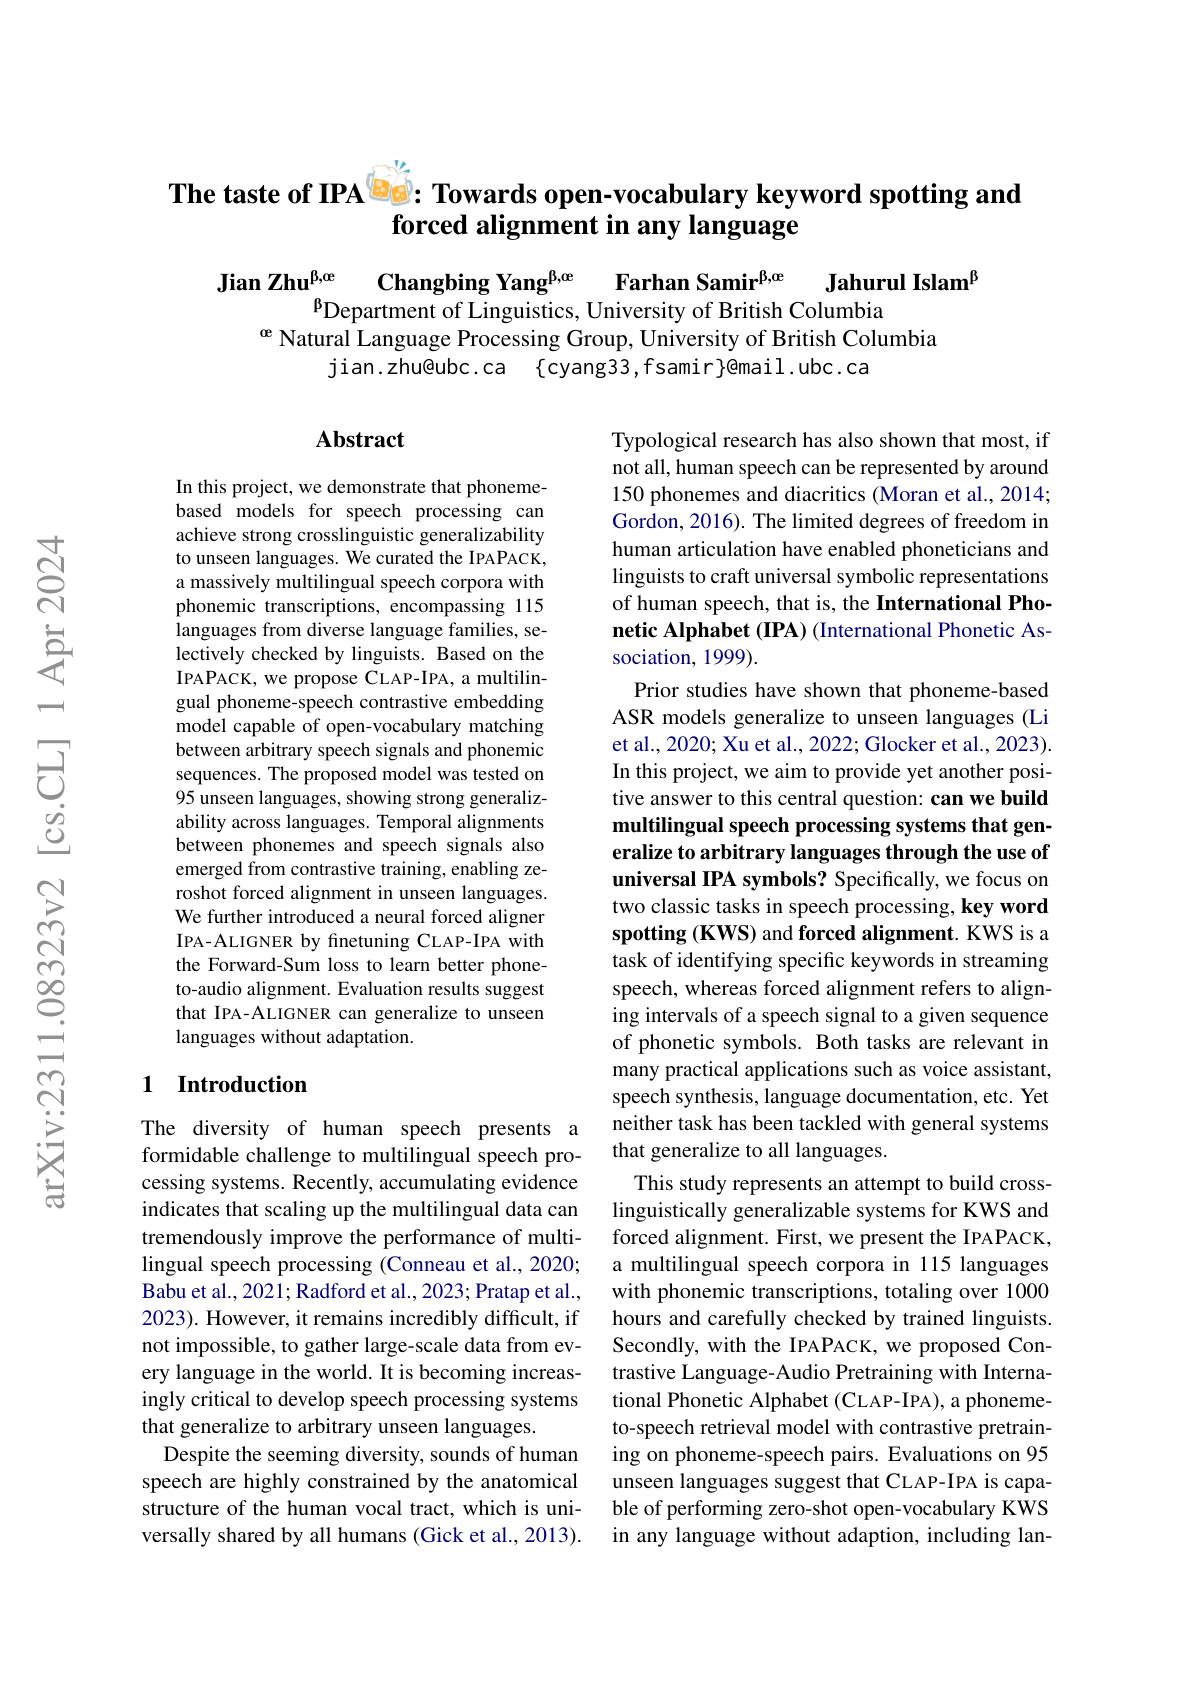
# The taste of IPA Be: Towards open-vocabulary keyword spotting and forced alignment in any language

Jian Zhu$^\mathrm{\beta , e}$ Changbing Yang$^\mathrm{\beta , \alpha e}$ Farhan Samir$^\mathrm{\beta , \alpha e}$ Jahurul Islam$^{\mathrm{\beta}}$
$^{\mathrm{\beta}}$Department of Linguistics, University of British Columbia
$^\mathrm{ce}$ Natural Language Processing Group, University of British Columbia
jian.zhu@ubc.ca {cyang33,fsamir}@mail.ubc.ca

## $\mathbf{Abstract}$

In this project, we demonstrate that phonemebased models for speech processing can achieve strong crosslinguistic generalizability to unseen languages. We curated the IPAPACK, a massively multilingual speech corpora with phonemic transcriptions, encompassing 115 languages from diverse language families, selectively checked by linguis IPAPACK, we propose CLAP-IPA, a multilingual phoneme-speech contrastive embedding model capable of open-vocabulary matching between arbitrary speech signals and phonemic sequences. The proposed model was tested on 95 unseen languages, showing strong generalizability across languages. Temporal alignments between phonemes and speech signals also emerged from contrastive training, enabling zeroshot forced alignment in unseen languages. We further introduced a neural forced aligner IPA-ALIGNER by finetuning CLAP-IPA with the Forward-Sum loss to learn better phoneto-audio alignment. Evaluation results suggest that IPA-ALIGNER can generalize to unseen languages without adaptation

Typological research has also shown that most, if not all, human speech can be represented by around 150 phonemes and diacritics (Moran et al., 2014; Gordon, 2016). The limited degrees of freedom in human articulation have enabled phoneticians and linguists to craft universal symbolic representations of human speech, that is, the International Phonetic Alphabet (IPA) (International Phonetic Association, 1999).
Prior studies have shown that phoneme-based ASR models generalize to unseen languages (Li et al., 2020; Xu et al., 2022; Glocker et al., 2023). In this project, we aim to provide yet another positive answer to this central question: can we build multilingual speech processing systems that generalize to arbitrary languages through the use of universal IPA symbols? Specifically, we focus on two classic tasks in speech processing, key word spotting (KWS) and forced alignment. KWS is a task of identifying specific keywords in streaming speech, whereas forced alignment refers to aligning intervals of a speech signal to a given sequence of phonetic symbols. Both tasks are relevant in many practical applications such as voice assistant, speech synthesis, language documentation, etc. Yet neither task has been tackled with general systems that generalize to all langu
This study represents an attempt to build crosslinguistically generalizable systems for KWS and forced alignment. First, we present the IPAPACK, a multilingual speech corpora in 115 languages with phonemic transcriptions, totaling over 1000 hours and carefully checked by trained linguists. Secondly, with the IPAPACK, we proposed Contrastive Language-Audio Pretraining with International Phonetic Alphabet (CLAP-IPA), a phonemeto-speech retrieval model with contrastive pretraining on phoneme-speech pairs. Evaluations on 95 unseen languages suggest that CLAP-IPA is capable of performing zero-shot open-vocabulary KWS in any language without adaption, including lan-

### 1 Introduction

The diversity of human speech presents a formidable challenge to multilingual speech processing systems. Recently, accumulating evidence indicates that scaling up the multilingual data can tremendously improve the performance of multilingual speech processing (Conneau et al., 2020; Babu et al., 2021; Radford et al., 2023; Pratap et al., 2023). However, it remains incredibly difficult, if not impossible, to gather large-scale data from every language in the world. It is becoming increasingly critical to develop speech processing systems that generalize to arbitrary unseen languages.
Despite the seeming diversity, sounds of human speech are highly constrained by the anatomical structure of the human vocal tract, which is universally shared by all humans (Gick et al., 2013).